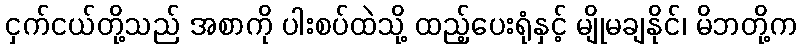
ငှက်ငယ်တို့သည် အစာကို ပါးစပ်ထဲသို့ ထည့်ပေးရုံနှင့် မျိုမချနိုင်၊ မိဘတို့က